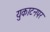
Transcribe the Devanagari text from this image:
युकाटनपर